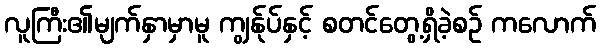
လူကြီး၏မျက်နှာမှာမူ ကျွန်ုပ်နှင့် စတင်တွေ့ရှိခဲ့စဉ် ကလောက်